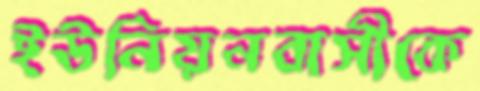
ইউনিয়নবাসীকে